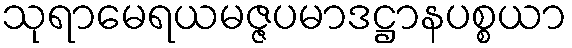
သုရာမေရယမဇ္ဇပမာဒဋ္ဌာနပစ္စယာ